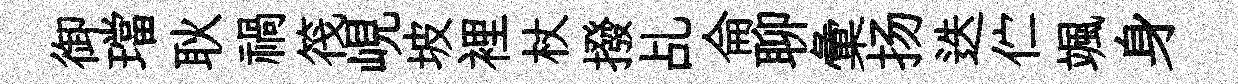
御璫耿禍筏峴坡裡杖撥乩侖聊彙扬迭伫颯身